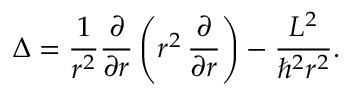
\Delta = { \frac { 1 } { r ^ { 2 } } } { \frac { \partial } { \partial r } } \left( r ^ { 2 } \, { \frac { \partial } { \partial r } } \right) - { \frac { L ^ { 2 } } { \hbar ^ { 2 } r ^ { 2 } } } .